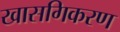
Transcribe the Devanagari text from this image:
खासगिकरण